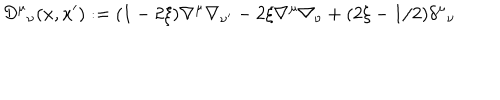
{ \cal D } ^ { \mu } { } _ { \nu } ( x , x ^ { \prime } ) : = ( 1 - 2 \xi ) \nabla ^ { \mu } \nabla _ { \nu ^ { \prime } } - 2 \xi \nabla ^ { \mu } \nabla _ { \nu } + ( 2 \xi - 1 / 2 ) \delta ^ { \mu } { } _ { \nu }